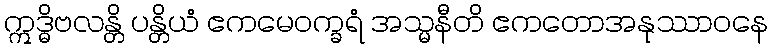
ဣဒ္ဓိဗလန္တိ ပန္တိယံ ဧကမေဝက္ခရံ အသ္မနီတိ ဧကတောအနုဿာဝနေ